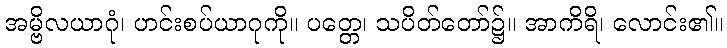
အမ္ဗိလယာဂုံ၊ ဟင်းစပ်ယာဂုကို။ ပတ္တေ၊ သပိတ်တော်၌။ အာကိရိ၊ လောင်း၏။